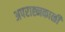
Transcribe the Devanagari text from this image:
अपराह्नकाळीं